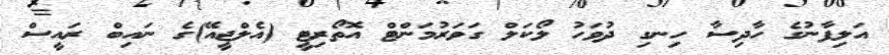
އަލިފާނުގެ ހާދިސާ ހިނގި ދުވަހު ލޯކަލް ގަވަރުމަންޓް އޮތޯރިޓީ (އެލްޖީއޭ)ގެ ނައިބް ރައީސް